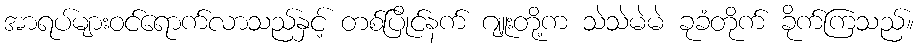
အာရပ်များဝင်ရောက်လာသည်နှင့် တစ်ပြိုင်နက် ဂျူးတို့က သဲသဲမဲမဲ ခုခံတိုက် ခိုက်ကြသည်။